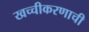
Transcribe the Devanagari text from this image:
खच्चीकरणाची